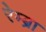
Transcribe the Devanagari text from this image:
रेम्ब्रा